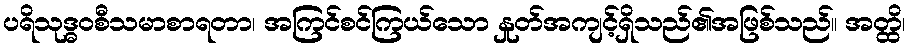
ပရိသုဒ္ဓဝစီသမာစာရတာ၊ အကြင်စင်ကြယ်သော နှုတ်အကျင့်ရှိသည်၏အဖြစ်သည်။ အတ္ထိ၊